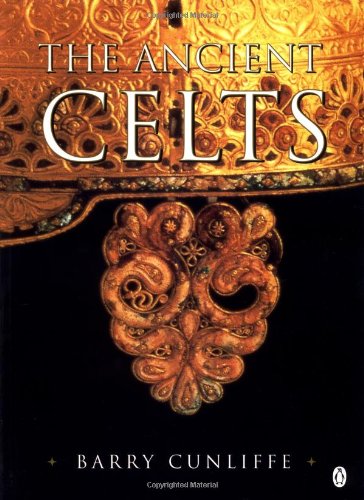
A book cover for The Ancient Celts; Barry Cunliffe; Science & Math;